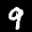
Label: 9